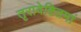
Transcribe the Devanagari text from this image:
तृरावेष्टितमां